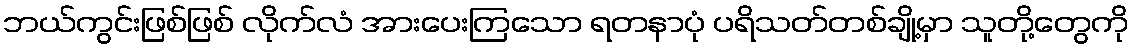
ဘယ်ကွင်းဖြစ်ဖြစ် လိုက်လံ အားပေးကြသော ရတနာပုံ ပရိသတ်တစ်ချို့မှာ သူတို့တွေကို